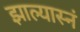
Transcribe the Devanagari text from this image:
झाल्यास्नं